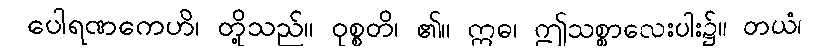
ပေါရဏကေဟိ၊ တို့သည်။ ဝုစ္စတိ၊ ၏။ ဣဓ၊ ဤသစ္စာလေးပါး၌။ တယံ၊